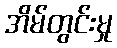
အိမ်တွင်းမှု